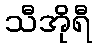
သီအိုရီ